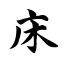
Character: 床